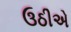
ઉઠીએ